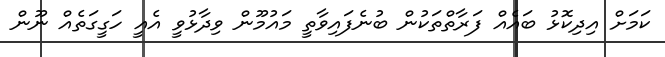
ކަމަށް އިދިކޮޅު ބައެއް ފަރާތްތަކުން ބުނެފައިވާތީ މައުމޫން ވިދާޅުވީ އެއީ ހަގީގަތެއް ނޫން